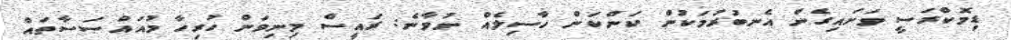
ޑިމޮކްރަސީ ވަށައިގެން އެނބުރުމަކުން ކަންކަން ހާސިލެއް ނުވާނެ: ރައީސް މިނިވަން ހުރިހާ މުއައްސަސާތައް